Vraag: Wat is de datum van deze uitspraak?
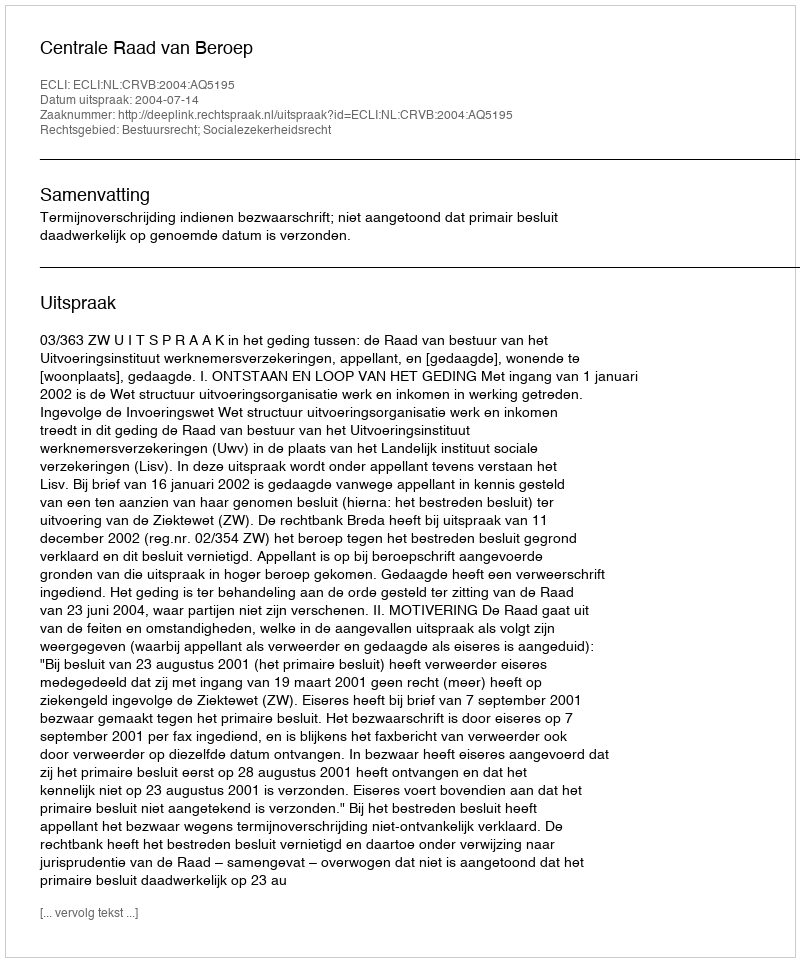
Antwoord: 2004-07-14